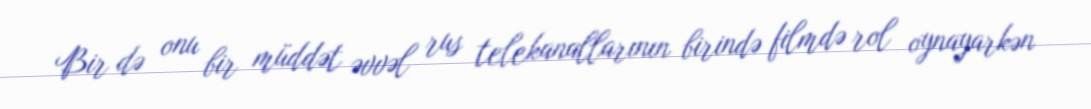
Bir də onu bir müddət əvvəl rus telekanallarının birində filmdə rol oynayarkən